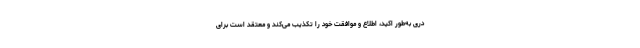
درى به‌طور اكید، اطلاع و موافقت خود را تكذیب مى‌كند و معتقد است براى